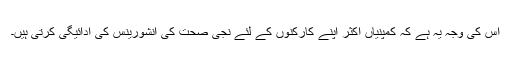
اس کی وجہ یہ ہے کہ کمپنیاں اکثر اپنے کارکنوں کے لئے نجی صحت کی انشورینس کی ادائیگی کرتی ہیں۔